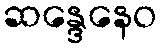
ဆန္ဒေနေဝ